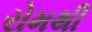
રોમથી